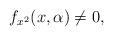
LaTeX: \begin{align*}{f_{x^{2}}}(x,\alpha)\not =0,\end{align*}